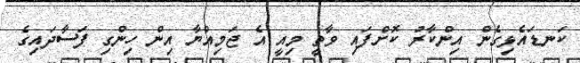
ކަނޑައެޅިގެން އިންކާރު ކޮށްފައި ވާތީ މިއީ އެ ޖަމިއްޔާ އިން ހިންގި ފަސާދައިގެ